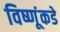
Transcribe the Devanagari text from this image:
विष्णूंकडे